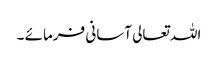
اللہ تعالی آسانی فرمائے ۔